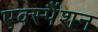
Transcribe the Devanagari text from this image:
एक्स्पैंशन